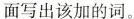
面写出该加的词